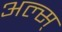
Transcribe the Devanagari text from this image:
अल्स्